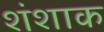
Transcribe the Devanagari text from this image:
शंशाक